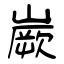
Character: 嶡